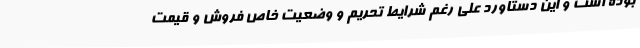
بوده است و این دستاورد علی رغم شرایط تحریم و وضعیت خاص فروش و قیمت